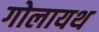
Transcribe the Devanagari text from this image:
गोलायथ